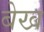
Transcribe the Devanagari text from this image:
बेख